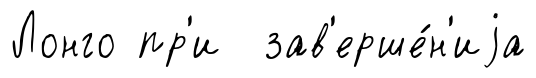
Лонго пр'и зав'ерше́н'иjа